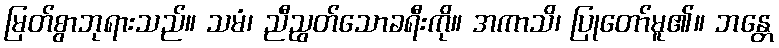
မြတ်စွာဘုရားသည်။ သမံ၊ ညီညွတ်သောခရီးကို။ အကာသိ၊ ပြုတော်မူ၏။ ဘန္တေ